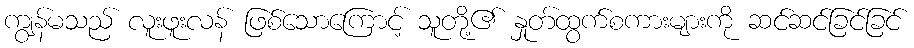
ကျွန်မသည် လူးဖူးလန် ဖြစ်သောကြောင့် သူတို့၏ နှုတ်ထွက်စကားများကို ဆင်ဆင်ခြင်ခြင်